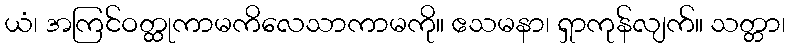
ယံ၊ အကြင်ဝတ္ထုကာမကိလေသာကာမကို။ ဧသမနာ၊ ရှာကုန်လျက်။ သတ္တာ၊